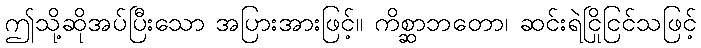
ဤသို့ဆိုအပ်ပြီးသော အပြားအားဖြင့်။ ကိစ္ဆာဘတော၊ ဆင်းရဲငြိုငြင်သဖြင့်